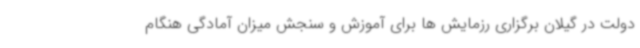
دولت در گیلان برگزاری رزمایش ها برای آموزش و سنجش میزان آمادگی هنگام